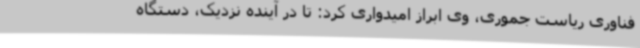
فناوری ریاست جموری، وی ابراز امیدواری کرد: تا در آینده نزدیک، دستگاه